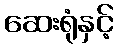
ဆေးရုံနှင့်